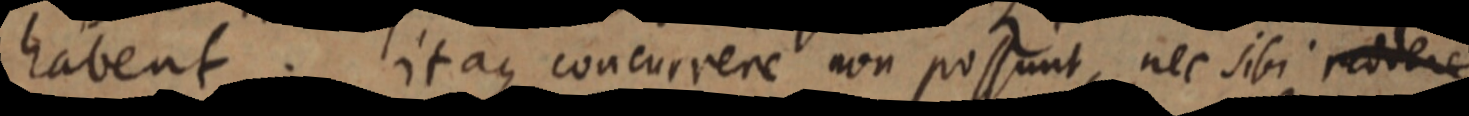
habent. Itaque concurrere non possunt, nec sibi reddere